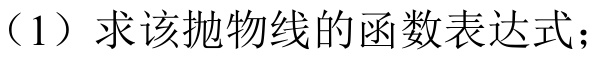
（1）求该抛物线的函数表达式；